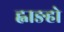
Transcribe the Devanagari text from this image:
ह्वाङहो